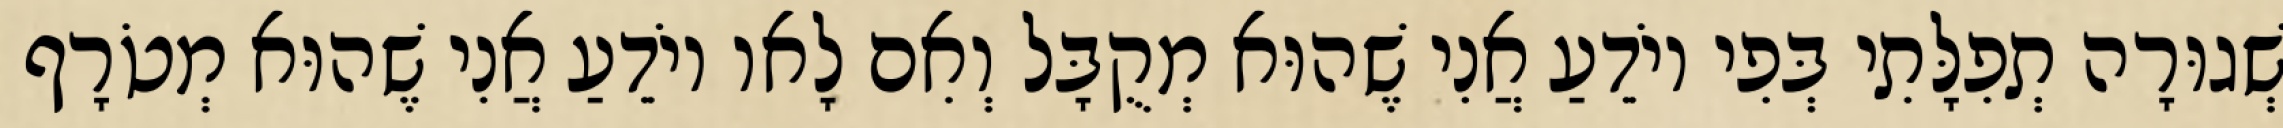
שְׁגוּרָה תְפִלָּתִי בְּפִי יוֹדֵעַ אֲנִי שֶׁהוּא מְקֻבָּל וְאִם לָאו יוֹדֵעַ אֲנִי שֶׁהוּא מְטֹרָף